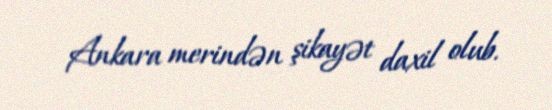
Ankara merindən şikayət daxil olub.